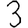
Digit: 3